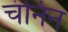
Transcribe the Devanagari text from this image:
चंनिन